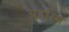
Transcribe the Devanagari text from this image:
अहस्मि